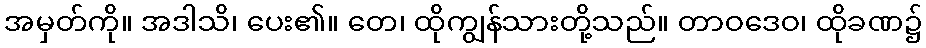
အမှတ်ကို။ အဒါသိ၊ ပေး၏။ တေ၊ ထိုကျွန်သားတို့သည်။ တာဝဒေဝ၊ ထိုခဏ၌